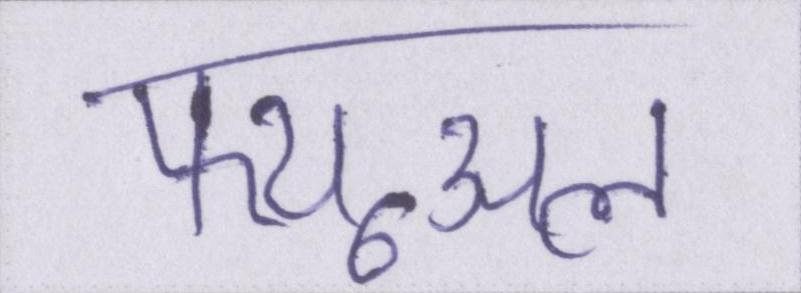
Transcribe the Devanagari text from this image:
फ्यूअल